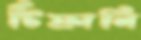
টিফানি